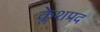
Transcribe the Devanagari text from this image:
क्लेशप्रद